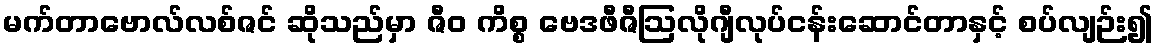
မက်တာဗောလ်လစ်ဇင် ဆိုသည်မှာ ဇီဝ ကိစ္စ ဗေဒဖီဇီဩလိုဂျီလုပ်ငန်းဆောင်တာနှင့် စပ်လျဉ်း၍